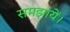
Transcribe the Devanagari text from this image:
समझायें।